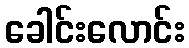
ခေါင်းလောင်း